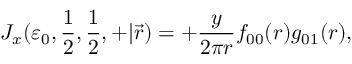
J _ { x } ( \varepsilon _ { 0 } , { \frac { 1 } { 2 } } , { \frac { 1 } { 2 } } , + | \vec { r } ) = + { \frac { y } { 2 \pi r } } f _ { 0 0 } ( r ) g _ { 0 1 } ( r ) ,